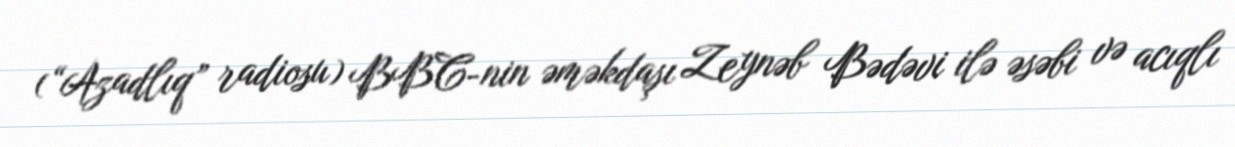
(“Azadlıq” radiosu) BBC-nin əməkdaşı Zeynəb Bədəvi ilə əsəbi və acıqlı